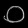
Digit: ၀